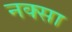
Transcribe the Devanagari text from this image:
नक्सा